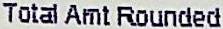
TOTAL AMT ROUNDED